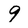
Character: 9